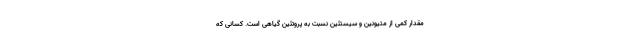
مقدار کمی از متیونین و سیستئین نسبت به پروتئین گیاهی است. کسانی که